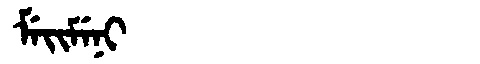
Manchu: ᠮᡝᡳᠮᡝᠨᡳ
Romanization: MEIMENI